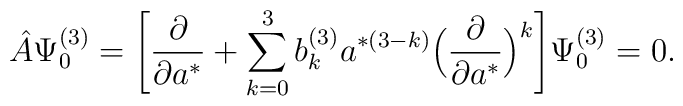
\hat{A} \Psi_0^{(3)} = \Biggl[\frac{\partial}{\partial a^*} + \sum_{k = 0}^{3}b_k^{(3)} a^{* (3 - k)} \Bigl(\frac{\partial}{\partial a^*} \Bigr)^k\Biggr] \Psi^{(3)}_0 = 0.